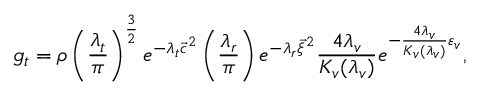
g _ { t } = \rho \left( \frac { \lambda _ { t } } { \pi } \right) ^ { \frac { 3 } { 2 } } e ^ { - \lambda _ { t } { \vec { c } } ^ { 2 } } \left( \frac { \lambda _ { r } } { \pi } \right) e ^ { - \lambda _ { r } { \vec { \xi } } ^ { 2 } } \frac { 4 \lambda _ { v } } { K _ { v } ( \lambda _ { v } ) } e ^ { - \frac { 4 \lambda _ { v } } { K _ { v } ( \lambda _ { v } ) } \varepsilon _ { v } } ,